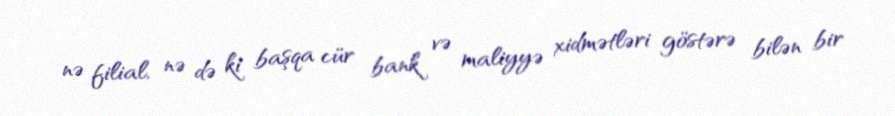
nə filial, nə də ki başqa cür bank və maliyyə xidmətləri göstərə bilən bir